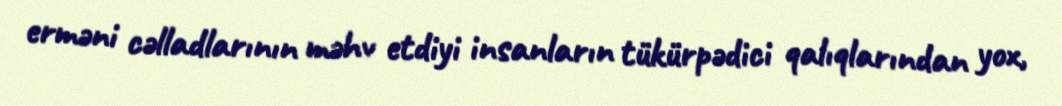
erməni cəlladlarının məhv etdiyi insanların tükürpədici qalıqlarından yox,